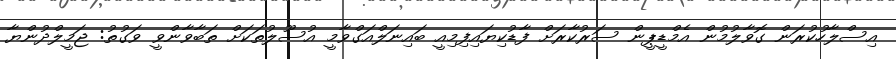
އިސްލާހުކުރަން ގޮވާލުމުން އެމްޑީޕީން ސަރުކާރަށް ފާޑުކިޔައިފިމިއީ ބައިނަލްއަގްވާމީ އުސޫލުތަކަށް ތަބާވާންވީ ވަގުތު: ޖަމީލްދުންޔާ